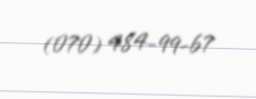
(070) 484-99-67